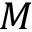
M